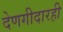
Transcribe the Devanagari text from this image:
देणगीदारही